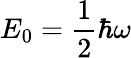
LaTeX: E_{0}=\frac{1}{2}\hbar\omega